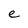
Character: e